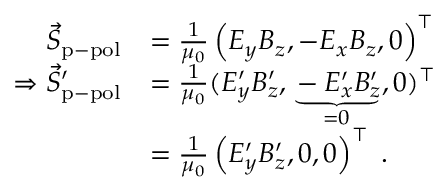
\begin{array} { r l } { \vec { S } _ { \mathrm { p - p o l } } } & { = \frac { 1 } { \mu _ { 0 } } \left( E _ { y } B _ { z } , - E _ { x } B _ { z } , 0 \right) ^ { \top } } \\ { \Rightarrow \vec { S } _ { \mathrm { p - p o l } } ^ { \prime } } & { = \frac { 1 } { \mu _ { 0 } } ( E _ { y } ^ { \prime } B _ { z } ^ { \prime } , \underbrace { - E _ { x } ^ { \prime } B _ { z } ^ { \prime } } _ { = 0 } , 0 ) ^ { \top } } \\ & { = \frac { 1 } { \mu _ { 0 } } \left( E _ { y } ^ { \prime } B _ { z } ^ { \prime } , 0 , 0 \right) ^ { \top } \; . } \end{array}